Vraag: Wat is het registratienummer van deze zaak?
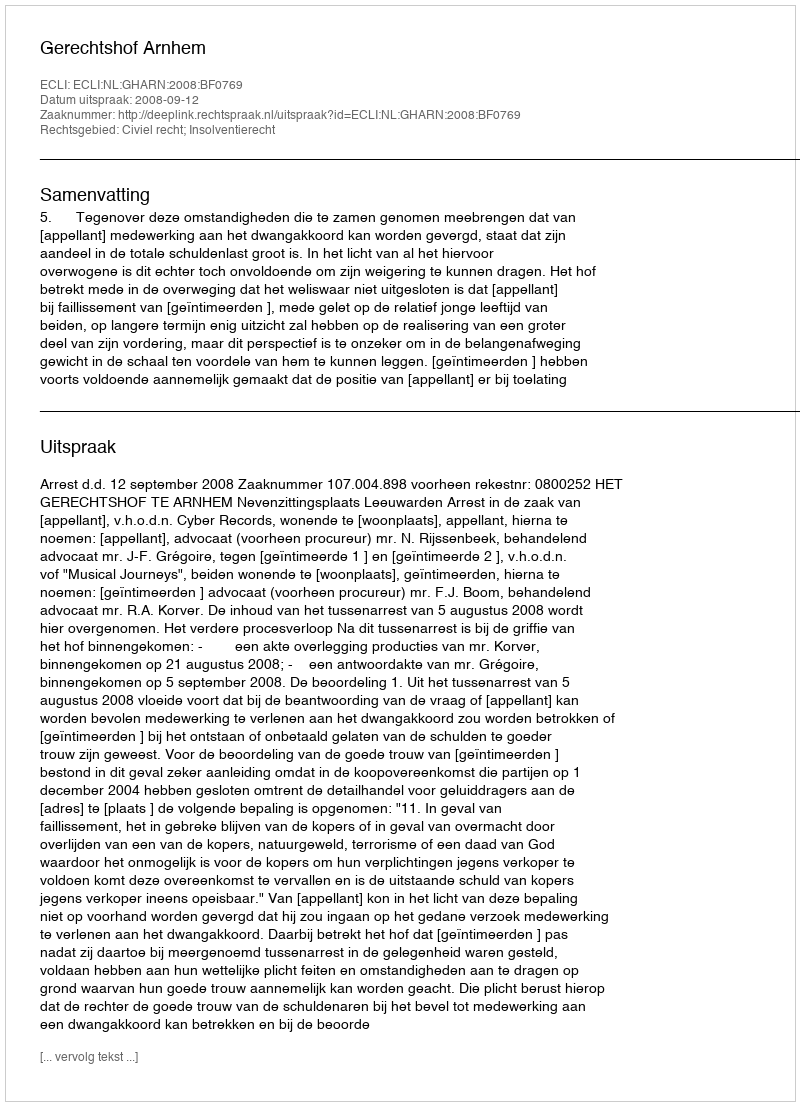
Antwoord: http://deeplink.rechtspraak.nl/uitspraak?id=ECLI:NL:GHARN:2008:BF0769